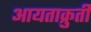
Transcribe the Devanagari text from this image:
आयताक्रुती